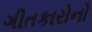
ગીતકારોનો